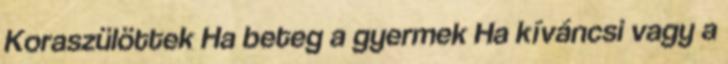
Koraszülöttek Ha beteg a gyermek Ha kíváncsi vagy a